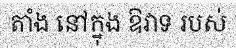
តាំង នៅក្នុង ឱវាទ របស់